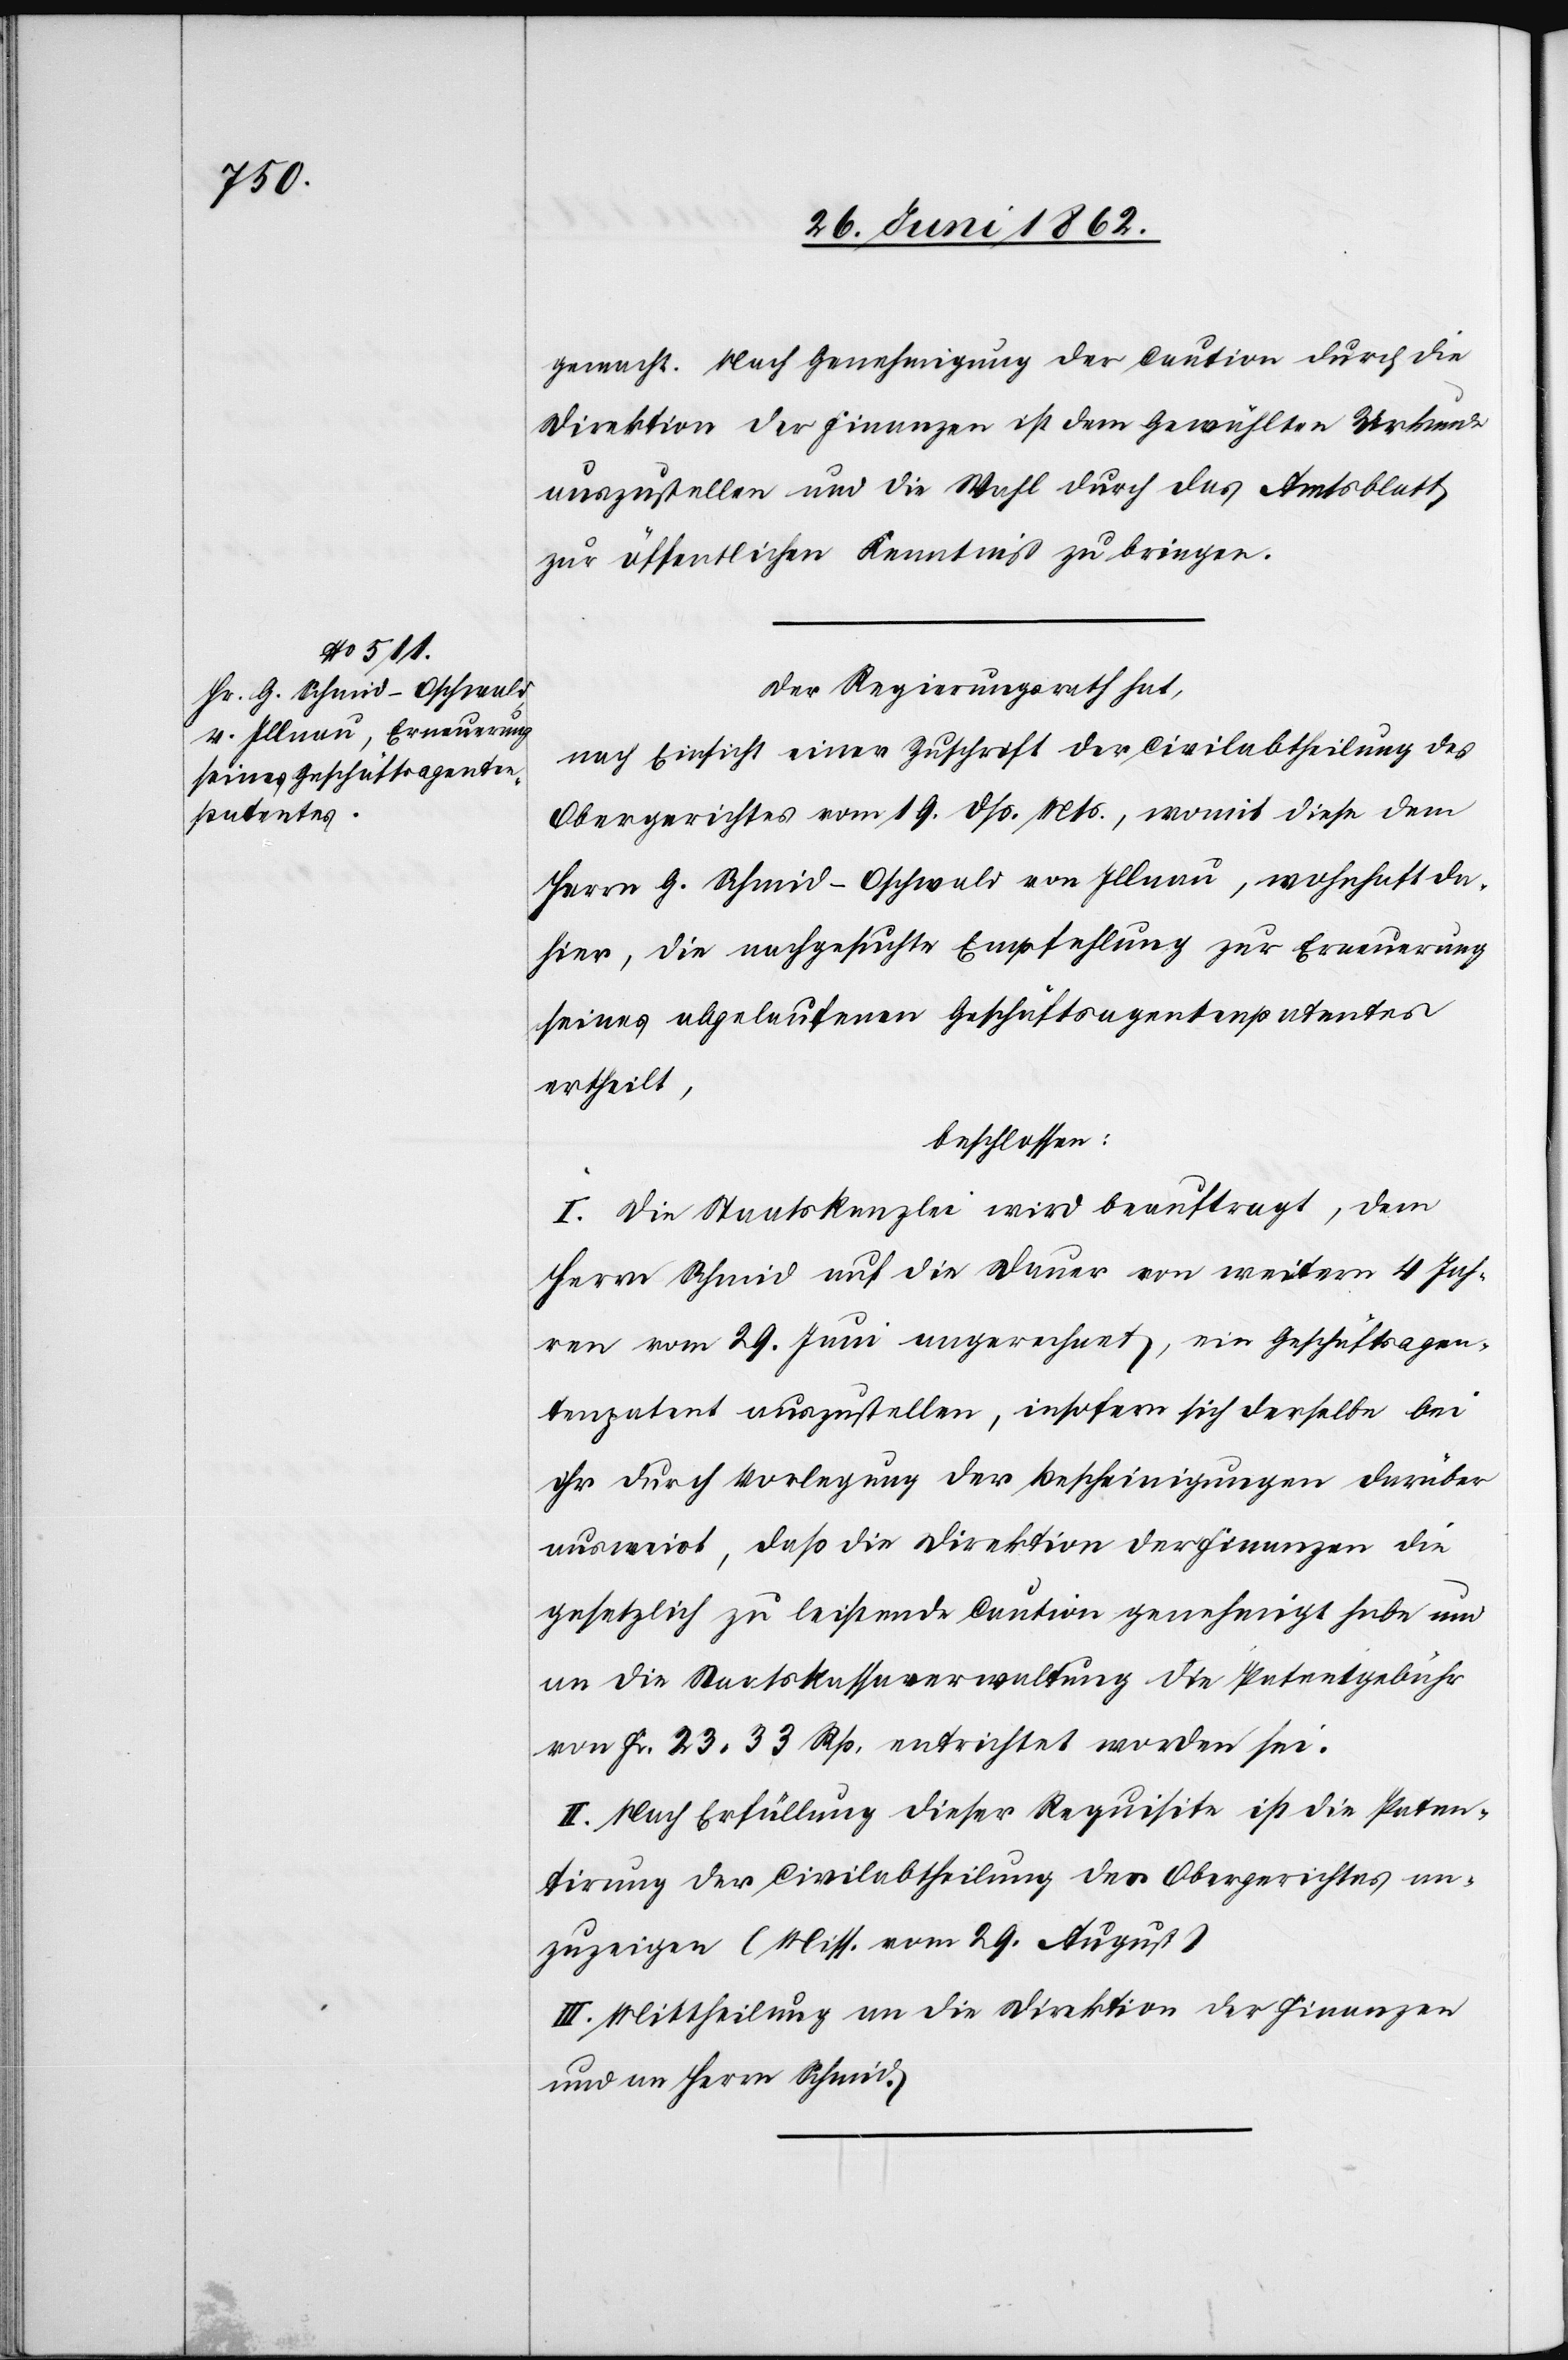
gemacht. Nach Genehmigung der Caution durch die
Direktion der Finanzen ist dem Gewählten Urkunde
auszustellen und die Wahl durch das Amtsblatt
zur öffentlichen Kenntniß zu bringen.
Der Regierungsrath hat,
nach Einsicht einer Zuschrift der Civilabtheilung des
Obergerichtes vom 19. dß. Mts., womit diese dem
Herrn G. Schmid-Oschwald von Illnau, wohnhaft da¬
hier, die nachgesuchte Empfehlung zur Erneuerung
seines abgelaufenen Geschäftsagentenpatentes
ertheilt,
beschlossen:
I. Die Staatskanzlei wird beauftragt, dem
Herrn Schmid auf die Dauer von weitern 4 Jah¬
ren vom 29. Juni angerechnet, ein Geschäftsagen¬
tenpatent auszustellen, insofern sich derselbe bei
ihr durch Vorlegung der Bescheinigungen darüber
ausweist, daß die Direktion der Finanzen die
gesetzlich zu leistende Caution genehmigt habe u.
an die Staatskassaverwaltung die Patentgebühr
von Fr. 23 33 Rp. entrichtet worden sei.
II. Nach Erfüllung dieser Requisite ist die Paten¬
tirung der Civilabtheilung des Obergerichtes an¬
zuzeigen (Miss. vom 29. August.)
III. Mittheilung an die Direktion der Finanzen.